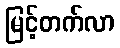
မြင့်တက်လာ